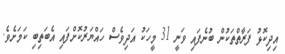
އިދިކޮޅު ފަރާތްތަކުން ބުނެފައި ވަނީ 31 މީހަކު އަދިވެސް ހައްޔަރުކޮށްފައި އެބަތިބި ކަމަށެވެ.